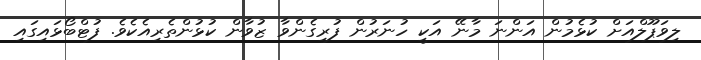
ލިވަޕޫލްއަށް ކުޅެމުން އަންނަ މާނޭ އަކީ ހުނަރުން ފުރިގެންވާ ޒުވާން ކުޅުންތެރިއެކެވެ. ފުޓްބޯޅައިގައި